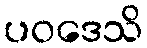
ပဝဒေသိ